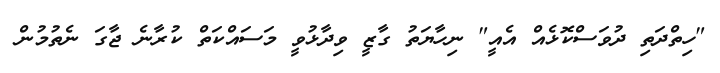
"ހިތްދަތި ދުވަސްކޮޅެއް އެއީ" ނިހާޔަތު ގާޒީ ވިދާޅުވީ މަސައްކަތް ކުރާނެ ޖާގަ ނެތުމުން